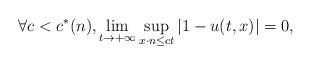
LaTeX: \begin{align*}\forall c <c^*(n), \displaystyle \lim_{t \to +\infty} \sup_{x \cdot n \leq ct} |1 - u (t,x) | =0,\end{align*}